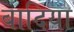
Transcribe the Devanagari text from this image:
बादिया